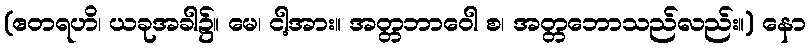
(ဧတရဟိ၊ ယခုအခါ၌။ မေ၊ ငါ့အား။ အတ္တဘာဝေါ စ၊ အတ္တဘောသည်လည်း။) နော